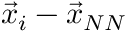
\vec { x } _ { i } - \vec { x } _ { N N }